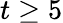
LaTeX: t\geq 5